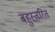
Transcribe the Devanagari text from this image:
बहुस्तरित